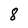
Character: 8